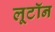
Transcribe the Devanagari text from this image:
लूटॉन